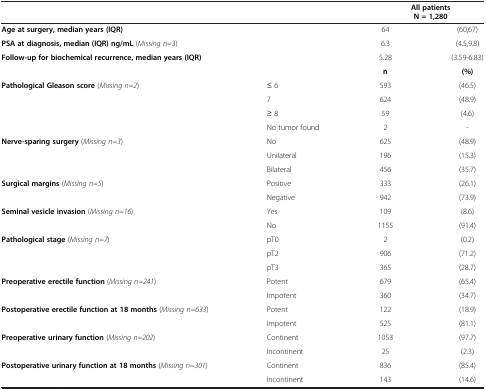
|  |  | <COLSPAN=2> All patients N = 1,280 |
 | --- | --- | --- | --- |
 | Age at surgery, median years (IQR) |  | 64 | (60,67) |
 | PSA at diagnosis, median (IQR) ng/mL (Missing n=3) |  | 6.3 | (4.5,9.8) |
 | Follow-up for biochemical recurrence, median years (IQR) |  | 5.28 | (3.59-6.83) |
 |  |  | n | (%) |
 | Pathological Gleason score (Missing n=2) | ≤ 6 | 593 | (46.5) |
 |  | 7 | 624 | (48.9) |
 |  | ≥ 8 | 59 | (4.6) |
 |  | No tumor found | 2 | - |
 | Nerve-sparing surgery (Missing n=3) | No | 625 | (48.9) |
 |  | Unilateral | 196 | (15.3) |
 |  | Bilateral | 456 | (35.7) |
 | Surgical margins (Missing n=5) | Positive | 333 | (26.1) |
 |  | Negative | 942 | (73.9) |
 | Seminal vesicle invasion (Missing n=16) | Yes | 109 | (8.6) |
 |  | No | 1155 | (91.4) |
 | Pathological stage (Missing n=7) | pT0 | 2 | (0.2) |
 |  | pT2 | 906 | (71.2) |
 |  | pT3 | 365 | (28.7) |
 | Preoperative erectile function (Missing n=241) | Potent | 679 | (65.4) |
 |  | Impotent | 360 | (34.7) |
 | Postoperative erectile function at 18 months (Missing n=633) | Potent | 122 | (18.9) |
 |  | Impotent | 525 | (81.1) |
 | Preoperative urinary function (Missing n=202) | Continent | 1053 | (97.7) |
 |  | Incontinent | 25 | (2.3) |
 | Postoperative urinary function at 18 months (Missing n=301) | Continent | 836 | (85.4) |
 |  | Incontinent | 143 | (14.6) |